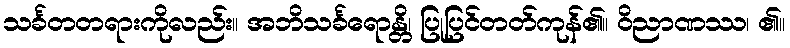
သင်္ခတတရားကိုလည်း။ အဘိသင်္ခရောန္တိ၊ ပြုပြင်တတ်ကုန်၏။ ဝိညာဏဿ၊ ၏။